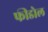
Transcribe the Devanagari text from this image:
फीडोल